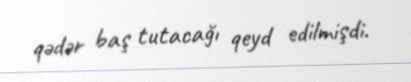
qədər baş tutacağı qeyd edilmişdi.